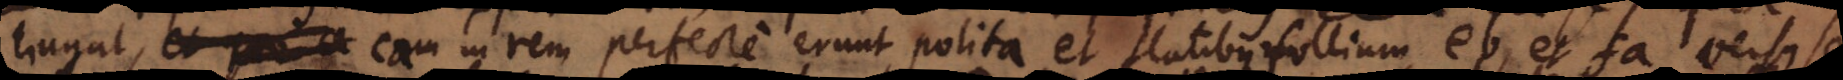
tingant, eam in rem perfecte erunt polita, et flatibus follium, eb, et fa, versus se